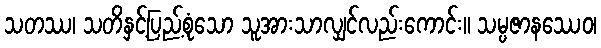
သတဿ၊ သတိနှင့်ပြည့်စုံသော သူအားသာလျှင်လည်းကောင်း။ သမ္ပဇာနဿေဝ၊